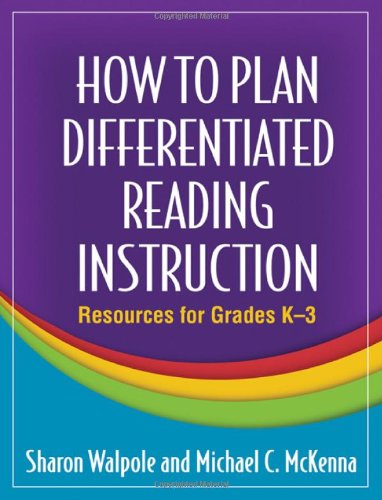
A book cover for How to Plan Differentiated Reading Instruction: Resources for Grades K-3 (Solving Problems in the Teaching of Literacy); Sharon Walpole PhD; Reference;